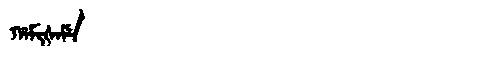
Manchu: ᡥᠠᠮᡳᡧᠠᠮᡝ
Romanization: HAMIŠAME